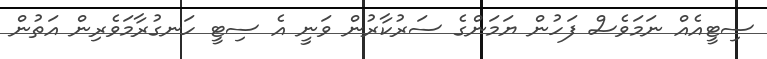
ސިޓީއެއް ނަމަވެސް ފަހުން ޔަމަންގެ ސަރުކާރުން ވަނީ އެ ސިޓީ ހަނގުރާމަވެރިން އަތުން